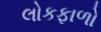
લોકફાળો